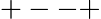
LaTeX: +--+